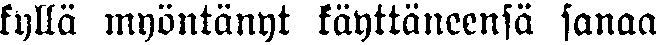
kyllä myöntänyt käyttäneensä sanaa